Annual report of the Punjab Veterinary College and of the Civil Veterinary Department, Punjab - 1920-1925
Year: 1920
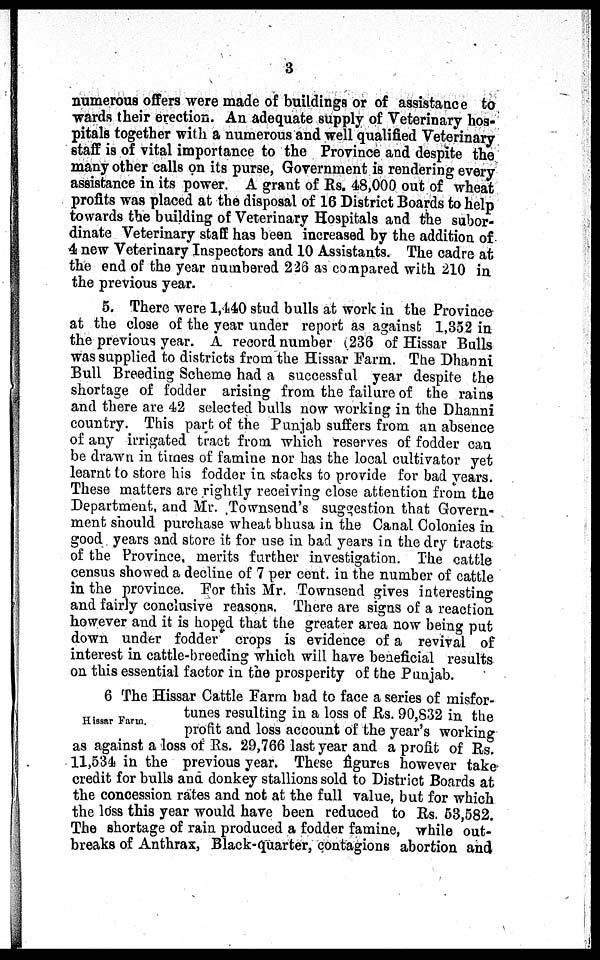
3
numerous offers were made of buildings or of assistance to
wards their erection. An adequate supply of Veterinary hos-
pitals together with a numerous and well qualified Veterinary
staff is of vital importance to the Province and despite the
many other calls on its purse, Government is rendering every
assistance in its power. A grant of Rs. 48,000 out of wheat
profits was placed at the disposal of 16 District Boards to help
towards the building of Veterinary Hospitals and the subor-
dinate Veterinary staff has been increased by the addition of
4 new Veterinary Inspectors and 10 Assistants. The cadre at
the end of the year numbered 226 as compared with 210 in
the previous year.
5. There were 1,440 stud bulls at work in the Province
at the close of the year under report as against 1,352 in
the previous year. A record number (236 of Hissar Bulls
was supplied to districts from the Hissar Farm. The Dhanni
Bull Breeding Scheme had a successful year despite the
shortage of fodder arising from the failure of the rains
and there are 42 selected bulls now working in the Dhanni
country. This part of the Punjab suffers from an absence
of any irrigated tract from which reserves of fodder can
be drawn in times of famine nor has the local cultivator yet
learnt to store his fodder in stacks to provide for bad years.
These matters are rightly receiving close attention from the
Department, and Mr. .Townsend's suggestion that Govern-
ment should purchase wheat bhusa in the Canal Colonies in
good years and store it for use in bad years in the dry tracts
of the Province, merits further investigation. The cattle
census showed a decline of 7 per cent. in the number of cattle
in the province. For this Mr. Townsend gives interesting
and fairly conclusive reasons. There are signs of a reaction
however and it is hoped that the greater area now being put
down under fodder crops is evidence of a revival of
interest in cattle-breeding which will have beneficial results
on this essential factor in the prosperity of the Punjab.
Hissar Farm.
6 The Hissar Cattle Farm bad to face a series of misfor-
tunes resulting in a loss of Rs. 90,832 in the
profit and loss account of the year's working
as against a loss of Rs. 29,766 last year and a profit of Rs.
11,534 in the previous year. These figures however take
credit for bulls and donkey stallions sold to District Boards at
the concession rates and not at the full value, but for which
the loss this year would have been reduced to Rs. 53,582.
The shortage of rain produced a fodder famine, while out-
breaks of Anthrax, Black-quarter, contagions abortion and